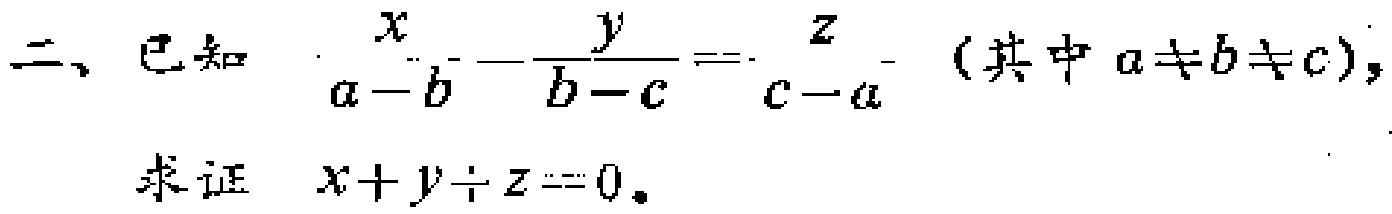
二、已知 $\frac{x}{a - b}=\frac{y}{b - c}=\frac{z}{c - a}$（其中 $a\neq b\neq c$），

求证 $x + y+ z = 0$。